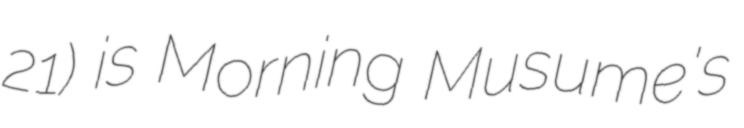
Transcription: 21) is Morning Musume's